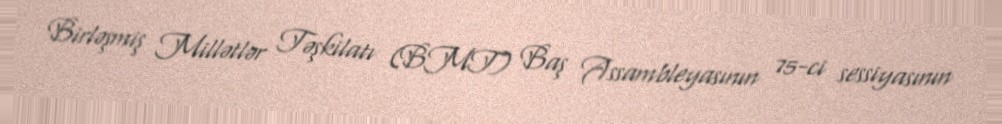
Birləşmiş Millətlər Təşkilatı (BMT) Baş Assambleyasının 75-ci sessiyasının